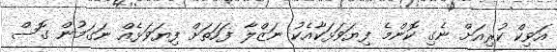
އަވިކް ކުރިއަށް ނެގި ކޮންމެ ފިޔަވަޅަކާއެކު ނަޒްލާ ފަހަތަށް ފިޔަވަޅެއް ނަގަމުން ގޮސް